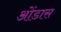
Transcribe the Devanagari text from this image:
ओंडास